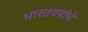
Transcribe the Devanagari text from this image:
भारतवर्षाचे